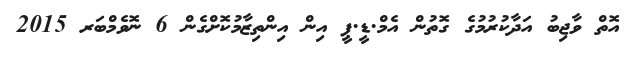
އޮތް ވާޖިބު އަދާކުރުމުގެ ގޮތުން އެމް.ޑީ.ޕީ އިން އިންތިޒާމުކޮށްގެން 6 ނޮވެމްބަރ 2015